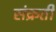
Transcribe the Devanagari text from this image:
संक्रती